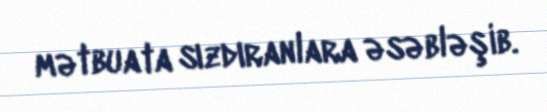
mətbuata sızdıranlara əsəbləşib.